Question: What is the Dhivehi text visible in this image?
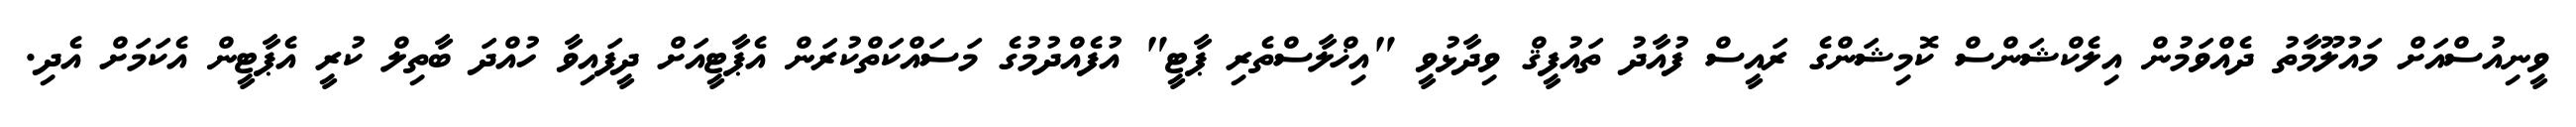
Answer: ވީނިއުސްއަށް މައުލޫމާތު ދެއްވަމުން އިލެކްޝަންސް ކޮމިޝަންގެ ރައީސް ފުއާދު ތައުފީޤް ވިދާޅުވީ "އިޚްލާސްތެރި ޕާޓީ" އުފެއްދުމުގެ މަސައްކަތްކުރަން އެޕާޓީއަށް ދީފައިވާ ހުއްދަ ބާތިލް ކުރީ އެޕާޓީން އެކަމަށް އެދި.